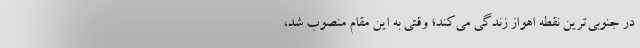
در جنوبی‌ترین نقطه اهواز زندگی می‌کند؛ وقتی به این مقام منصوب شد،